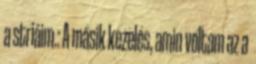
a striáim.: A másik kezelés, amin voltam az a